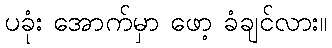
ပခုံး အောက်မှာ ဖော့ ခံချင်လား။